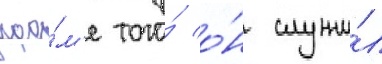
кро́м'е того́ о́н служи́л